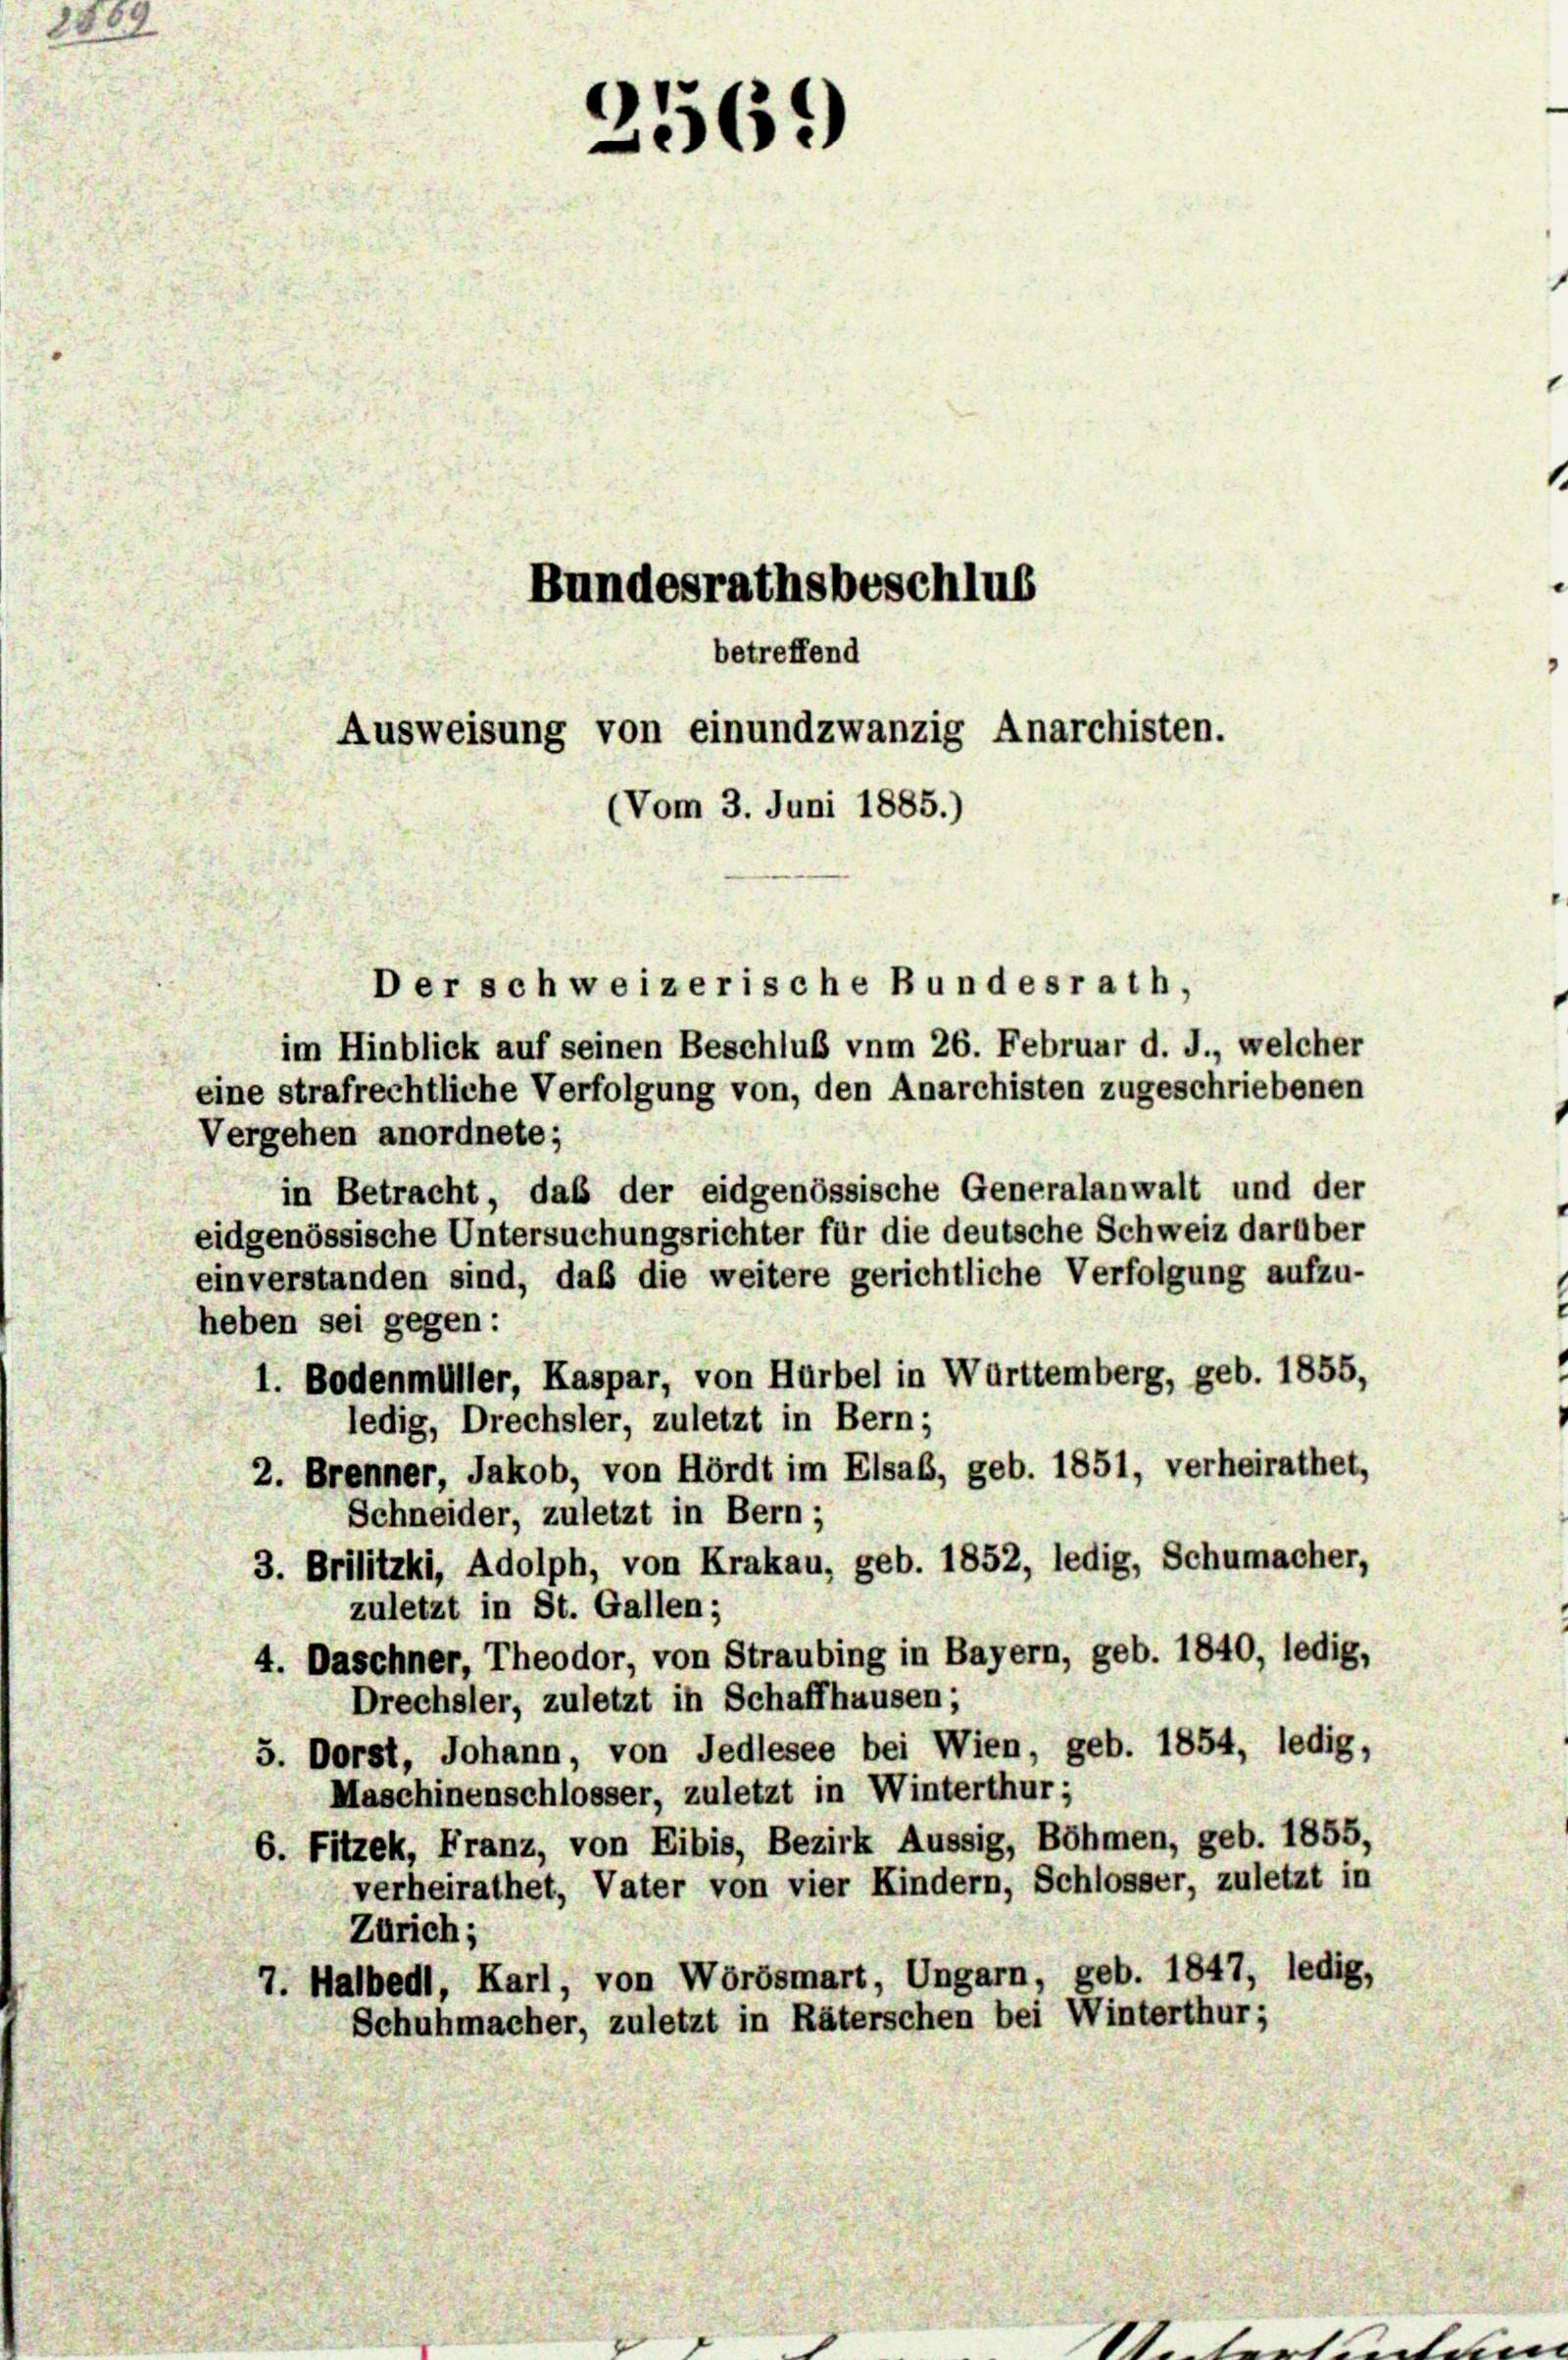
288

Bundesrathsbeschlus

betreffend
Ausweisung von einundzwanzig Anarchisten.
(Vom 3. Juni 1885.)

2569)

Der schweizerische Bundesrath,
im Hinblick auf seinen Beschluß vnm 26. Februar d. J., welcher
eine strafrechtliche Verfolgung von, den Anarchisten zugeschriebenen
Vergehen anordnete;
in Betracht, daß der eidgenössische Generalanwalt und der
eidgenössische Untersuchungsrichter für die deutsche Schweiz darüber
einverstanden sind, daß die weitere gerichtliche Verfolgung aufzu-
heben sei gegen:
1. Bodenmüller, Kaspar, von Hurbel in Württemberg, geb. 1855,
ledig, Drechsler, zuletzt in Bern;
2. Brenner, Jakob, von Hördt im Elsab, geb. 1851, verheirathet,
Schneider, zuletzt in Bern;
3. Brilitzki, Adolph, von Krakau, geb. 1852, ledig, Schumacher,
zuletzt in St. Gallen;
4. Daschner, Theodor, von Straubing in Bayern, geb. 1840, ledig,
Drechsler, zuletzt in Schaffhausen;
5. Dorst, Johann, von Jedlesee bei Wien, geb. 1854, ledig,
Maschinenschlosser, zuletzt in Winterthur;
6. Fitzek, Franz, von Eibis, Bezirk Aussig, Böhmen, geb. 1855,
verheirathet, Vater von vier Kindern, Schlosser, zuletzt in
Zürich;
7. Halbedl, Karl, von Wörösmart, Ungarn, geb. 1847, ledig,
Schuhmacher, zuletzt in Räterschen bei Winterthur;